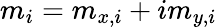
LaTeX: m_{i}=m_{x,i}+im_{y,i}